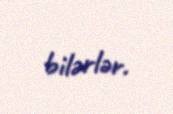
bilərlər.